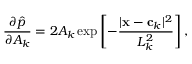
\frac { \partial \hat { p } } { \partial A _ { k } } = 2 A _ { k } \exp \left[ - \frac { | \mathbf x - \mathbf c _ { k } | ^ { 2 } } { L _ { k } ^ { 2 } } \right] ,